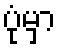
ပုံမှာ